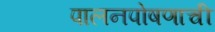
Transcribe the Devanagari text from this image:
पालनपोषणाची